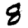
Digit: 8